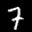
Label: 7